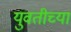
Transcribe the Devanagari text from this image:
युवतीच्या